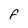
Character: F